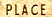
PLACE